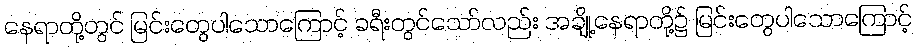
နေရာတို့တွင် မြင်းတွေပါသောကြောင့် ခရီးတွင်သော်လည်း အချို့နေရာတို့၌ မြင်းတွေပါသောကြောင့်